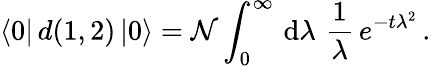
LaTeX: \langle 0|\, d(1,2)\, |0\rangle={\cal N}\int_{0}^{\infty}\, \mathrm{d}\lambda\, \, \frac{1}{\lambda}\, e^{-t\lambda^{2}}\, .